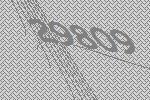
29809